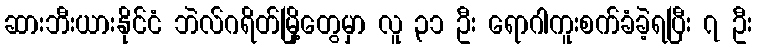
ဆားဘီးယားနိုင်ငံ ဘဲလ်ဂရိတ်မြို့တွေမှာ လူ ၃၁ ဦး ရောဂါကူးစက်ခံခဲ့ရပြီး ၇ ဦး